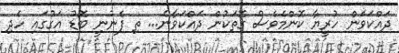
ދައްކަވަން ހުރީޔާ ކޮންމެވެސް ގޮތަކުން ދައްކަވާނެ... ތި ފެނުނީ ބޮޑު އަގުގައި ހެދި